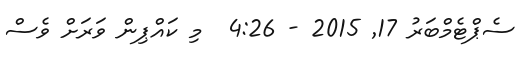
ސެޕްޓެމްބަރު 17